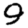
Digit: 9